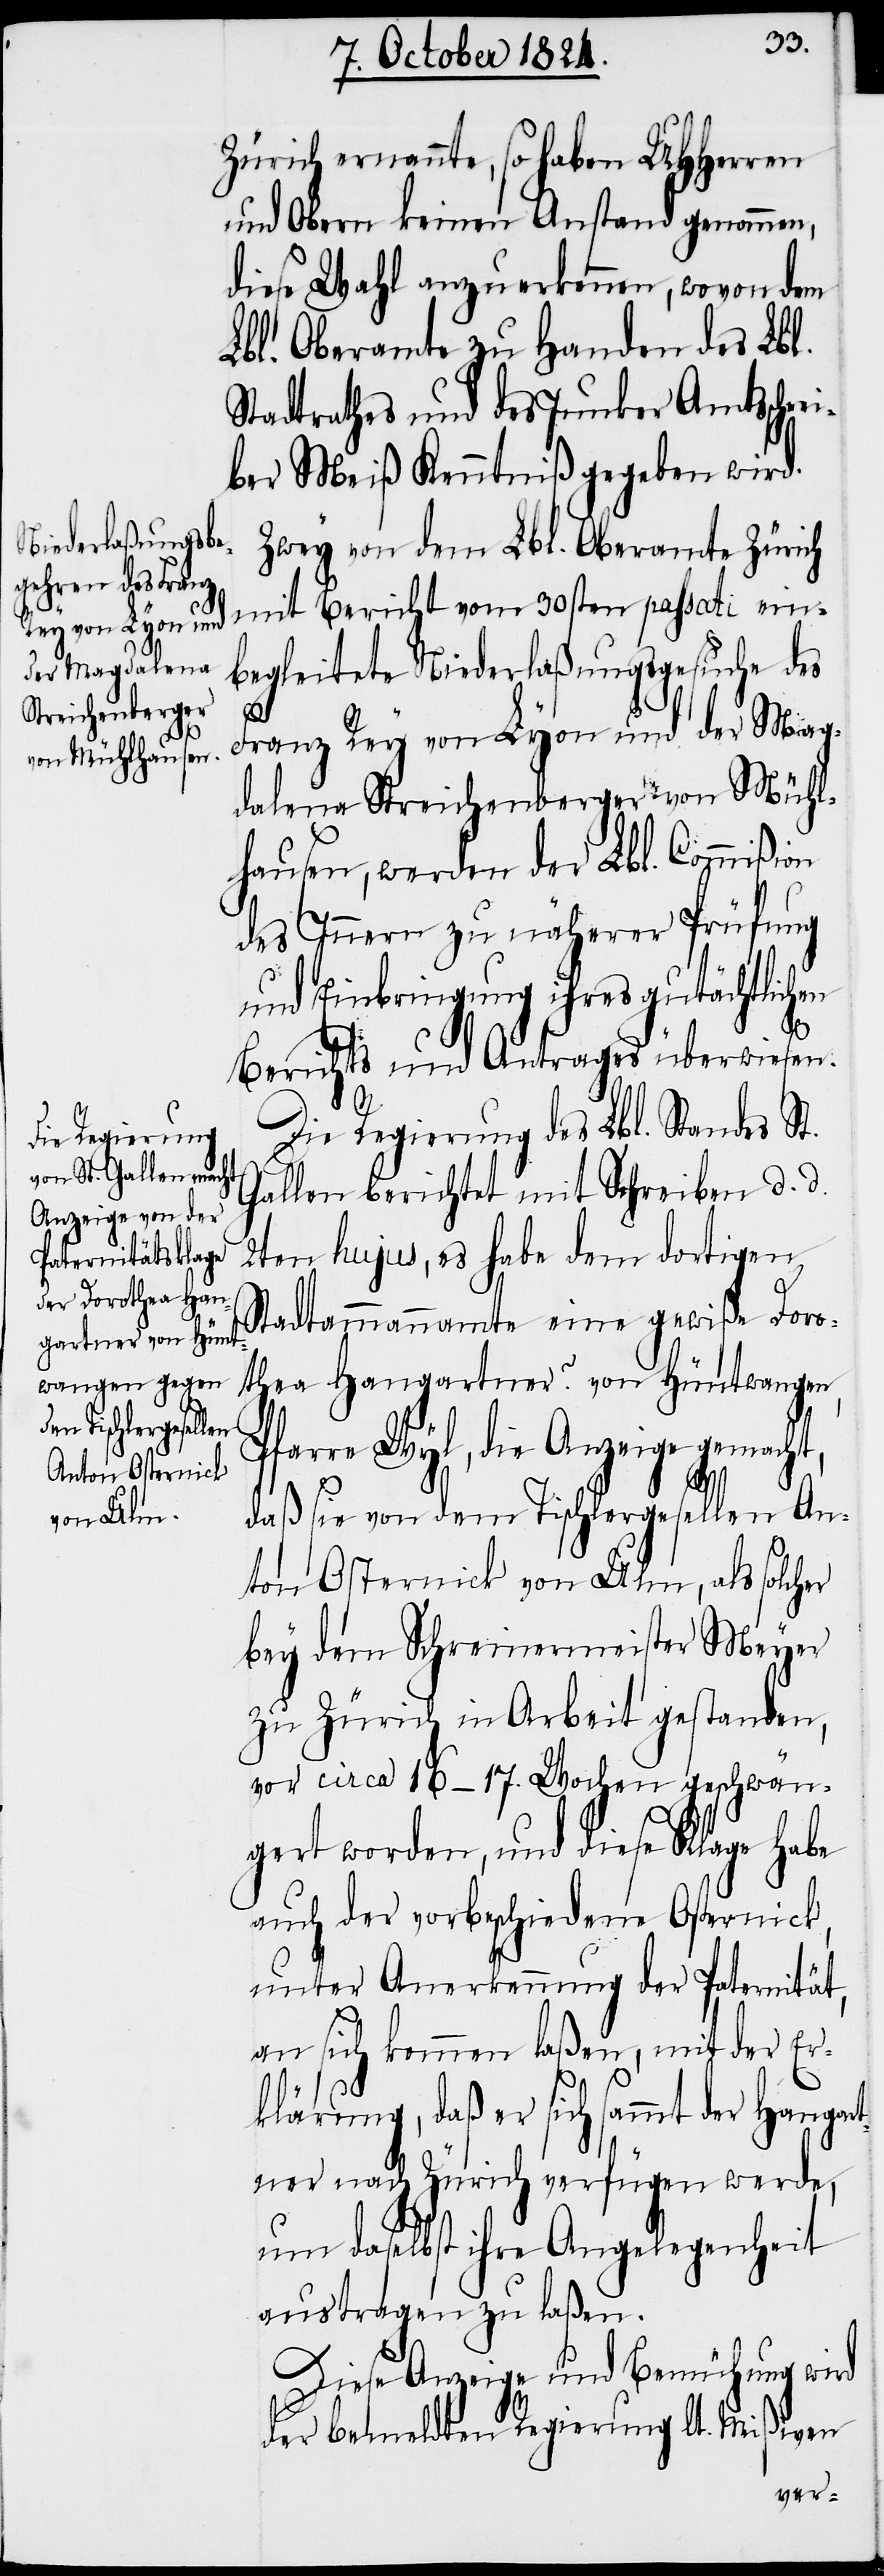
Zürich ernannte, so haben UHHerren
und Obern keinen Anstand genommen,
diese Wahl anzuerkennen, wovon dem
Lbl. Oberamte zu Handen des Lbl.
Stadtrathes und des Junker Amtsschre¬
iber Meiß Kenntniß gegeben wird.
Zwey von dem Lbl. Oberamte Zürich
mit Bericht vom 30sten passati ein¬
begleitete Niederlaßungsgesuche des
Franz Rey von Lyon und der Mag¬
dalena Streichenberger von Mühl¬
hausen, werden der Lbl. Commißion
des Innern zu näherer Prüfung
und Einbringung ihres gutächtlichen
Berichts und Antrages überwiesen.
Die Regierung des Lbl. Standes St.
Gallen berichtet mit Schreiben d. d.
2ten hujus, es habe dem dortigen
Stadtammannamte eine gewiße Doro¬
thea Hangartner? von Hüntwangen,
Pfarre Wyl, die Anzeige gemacht,
daß sie von dem Tischlergesellen An¬
ton Osternick von Ulm, als solcher
bey dem Schreinermeister Meyer
zu Zürich in Arbeit gestanden,
vor circa 16–17. Wochen geschwän¬
gert worden, und diese Klage habe
auch der vorbeschiedne Osternick,
unter Anerkennung der Paternität,
an sich kommen laßen, mit der Er¬
klärung, daß er sich sammt der Hangar¬
tner nach Zürich verfügen werde,
um daselbst ihre Angelegenheit
austragen zu laßen.
Diese Anzeige und Bemühung wird
der bemeldten Regierung lt. Mißiven